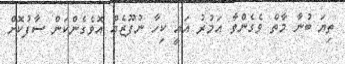
ތިޔަ ބުނާ މާތް ވެގެންވާ އަމުރު އައީ ކިހާ ނުފޫޒެއް އޮވެގެންކަން ސާފުކޮށް